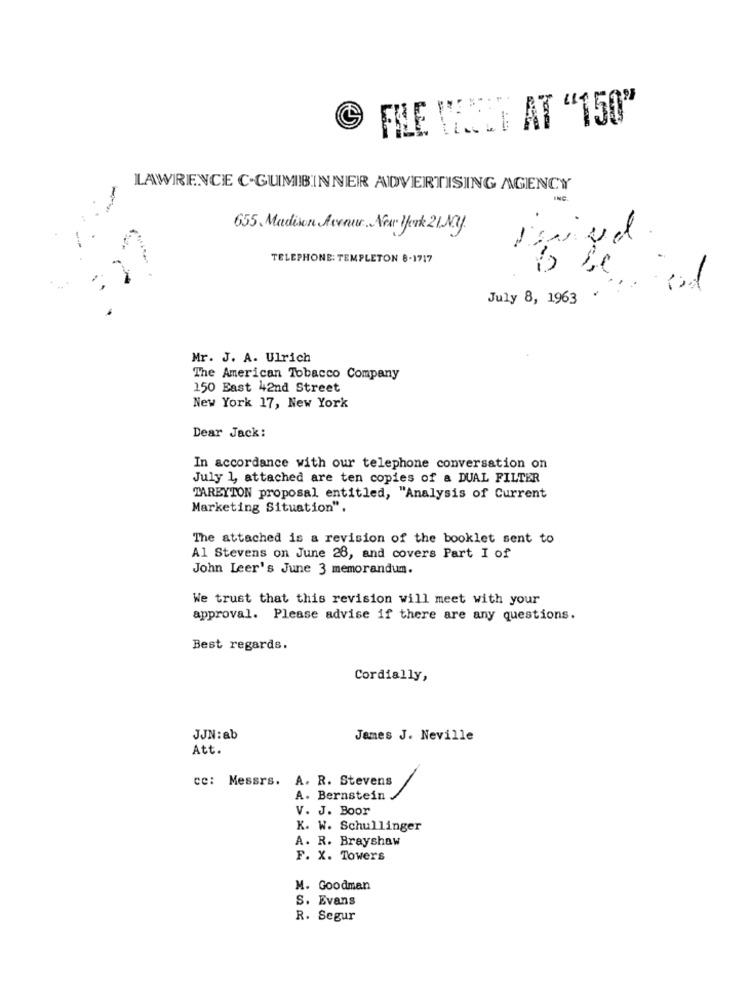
FILE VOLT AT "150"
LAWRENCE C-GUMIBINNER ADVERTISING AGENCY
INC.
655. Madison Avenue. New York 21.My.
-
TELEPHONE: TEMPLETON 8-1717
July 8, 1963 .
Mr. J. A. Ulrich
The American Tobacco Company
150 East 42nd Street
New York 17, New York
Dear Jack:
In accordance with our telephone conversation on
July 1, attached are ten copies of a DUAL FILTER
TARBYTON proposal entitled, "Analysis of Current
Marketing Situation".
The attached is a revision of the booklet sent to
Al Stevens on June 28, and covers Part I of
John Leer's June 3 memorandum.
We trust that this revision will meet with your
approval. Please advise if there are any questions.
Best regards.
Cordially,
JJN:ab
James J. Neville
Att.
cc: Messrs. A. R. Stevens
A. Bernstein
V. J. Boor
K. W. Schullinger
A. R. Brayshaw
F. X. Towers
M. Goodman
S. Evans
R. Segur